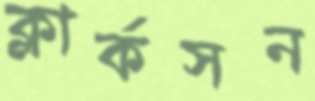
ক্লার্কসন